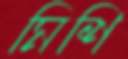
মিশি